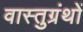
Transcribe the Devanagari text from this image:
वास्तुग्रंथों